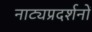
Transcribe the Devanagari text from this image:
नाट्यप्रदर्शनों